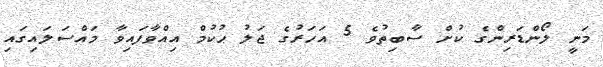
މަނީ ލޯންޑަރިންގެ ކުށް ސާބިތުވެ 5 އަހަރުގެ ޖަލު ޙުކުމް އިއްވާފައިވާ މައްސަލައިގައި